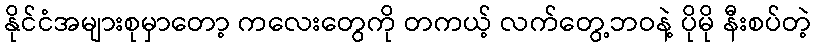
နိုင်ငံအများစုမှာတော့ ကလေးတွေကို တကယ့် လက်တွေ့ဘဝနဲ့ ပိုမို နီးစပ်တဲ့